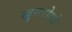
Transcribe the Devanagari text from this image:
खुसरोको